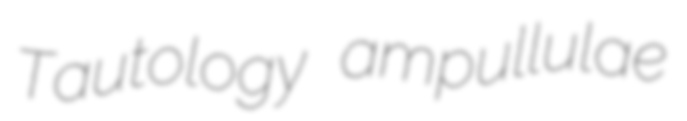
Tautology ampullulae